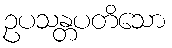
ဥပသန္တပတိသော